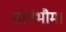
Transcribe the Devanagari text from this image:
सार्वभौम।